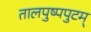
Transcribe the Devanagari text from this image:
तालपुष्पपुटम्